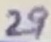
Text: 29